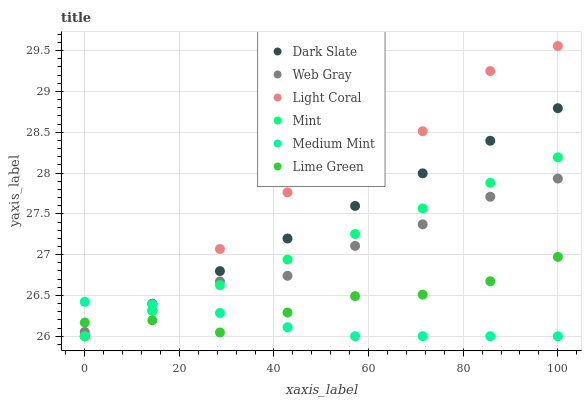
| xaxis_label | Dark Slate | Web Gray | Light Coral | Mint | Medium Mint | Lime Green |
 | --- | --- | --- | --- | --- | --- | --- |
 | 0 | 26 | 26.1 | 26 | 26 | 26.4 | 26.2 |
 | 14.3 | 26.4 | 26.3 | 26.4 | 26.3 | 26.4 | 26.2 |
 | 28.6 | 26.8 | 26.7 | 27.1 | 26.6 | 26.3 | 26 |
 | 42.9 | 27.2 | 26.7 | 27.8 | 26.9 | 26.1 | 26.3 |
 | 57.1 | 27.6 | 27.1 | 28 | 27.3 | 26 | 26.5 |
 | 71.4 | 28 | 27.4 | 28.5 | 27.6 | 26 | 26.5 |
 | 85.7 | 28.4 | 27.7 | 29.3 | 27.9 | 26 | 26.7 |
 | 100 | 28.8 | 27.9 | 29.6 | 28.2 | 26 | 27 |